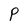
Character: P